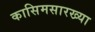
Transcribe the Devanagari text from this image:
कासिमसारख्या